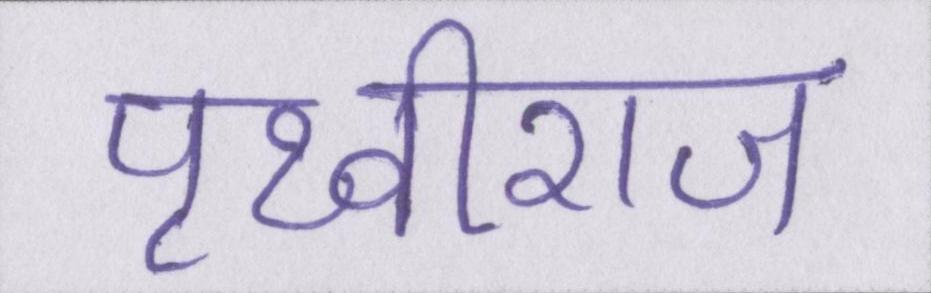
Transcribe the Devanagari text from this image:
पृथ्वीराज